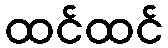
ထင်ထင်